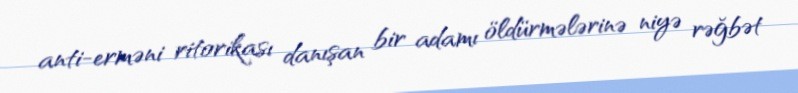
anti-erməni ritorikası danışan bir adamı öldürmələrinə niyə rəğbət